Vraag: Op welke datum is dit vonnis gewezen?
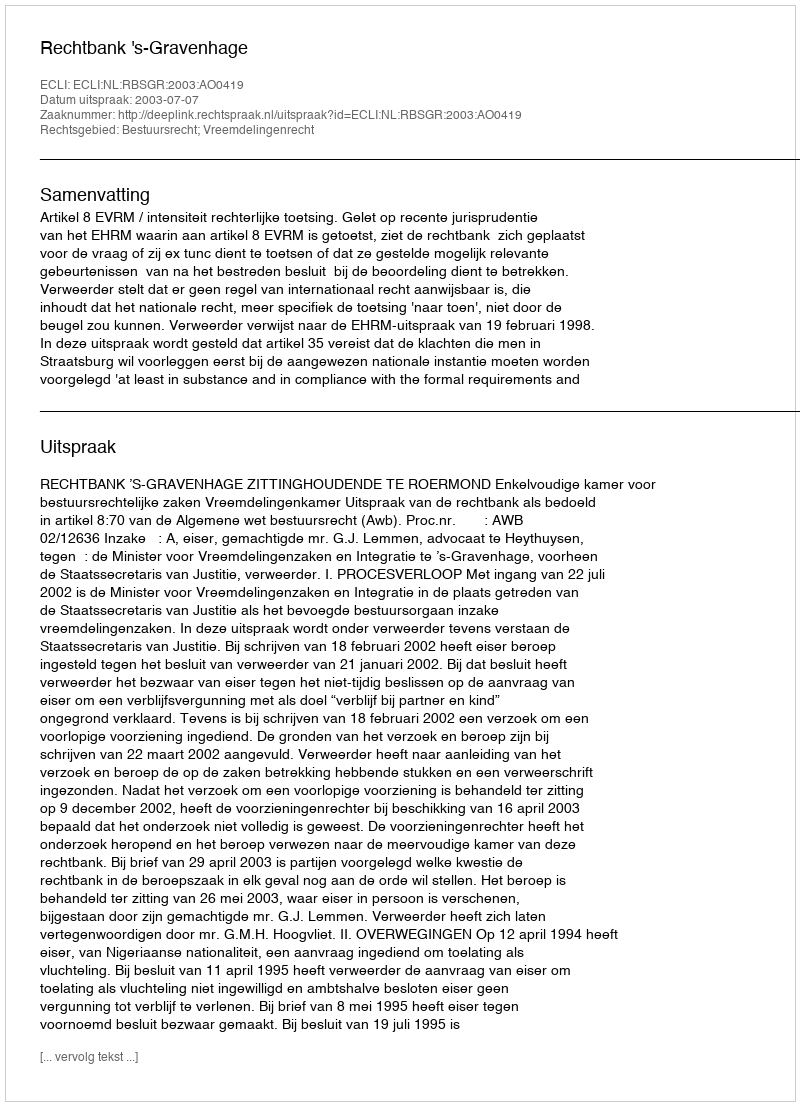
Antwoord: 2003-07-07